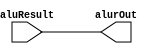
module alur (aluResult, alurOut);
    input [31:0] aluResult;
    output reg [31:0] alurOut;

    always @(*) begin
        alurOut = aluResult;
    end
endmodule